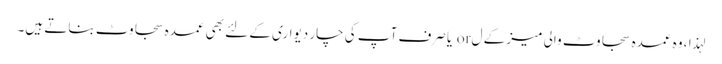
لہذا ، وہ عمدہ سجاوٹ والی میز کے ل or یا صرف آپ کی چار دیواری کے لئے بھی عمدہ سجاوٹ بناتے ہیں۔